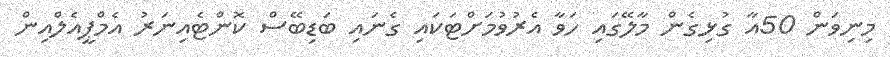
މިނިވަން 50އާ ގުޅިގެން މާލޭގައި ހަވާ އެރުވުމަށްޓަކައި ގެނައި ބަޑިބޭސް ކޮންޓެއިނަރު އެމްޕީއެލްއިން